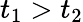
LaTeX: t_{1}>t_{2}